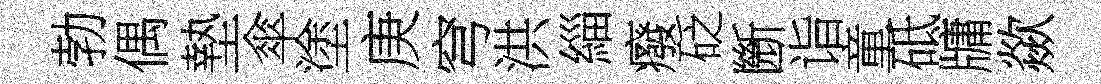
勃偶墊傘塗庚穹洪緇癈砭㫁诣童砥牗歘